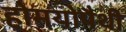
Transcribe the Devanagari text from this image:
होमयोपैथी